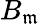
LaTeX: B_{\mathfrak{m}}